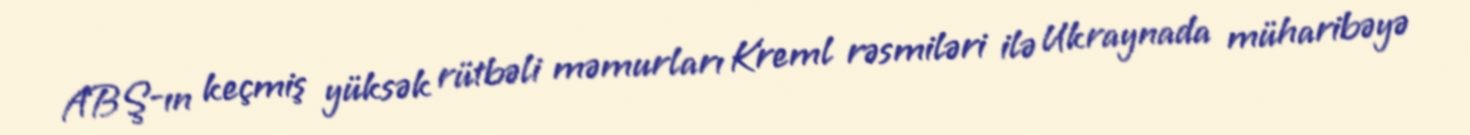
ABŞ-ın keçmiş yüksək rütbəli məmurları Kreml rəsmiləri ilə Ukraynada müharibəyə